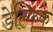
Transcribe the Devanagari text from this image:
डेल्फिक